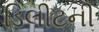
ડિલીટની